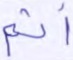
أثم